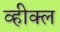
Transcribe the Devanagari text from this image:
व्हीक्ल